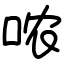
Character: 哝